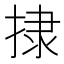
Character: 捸